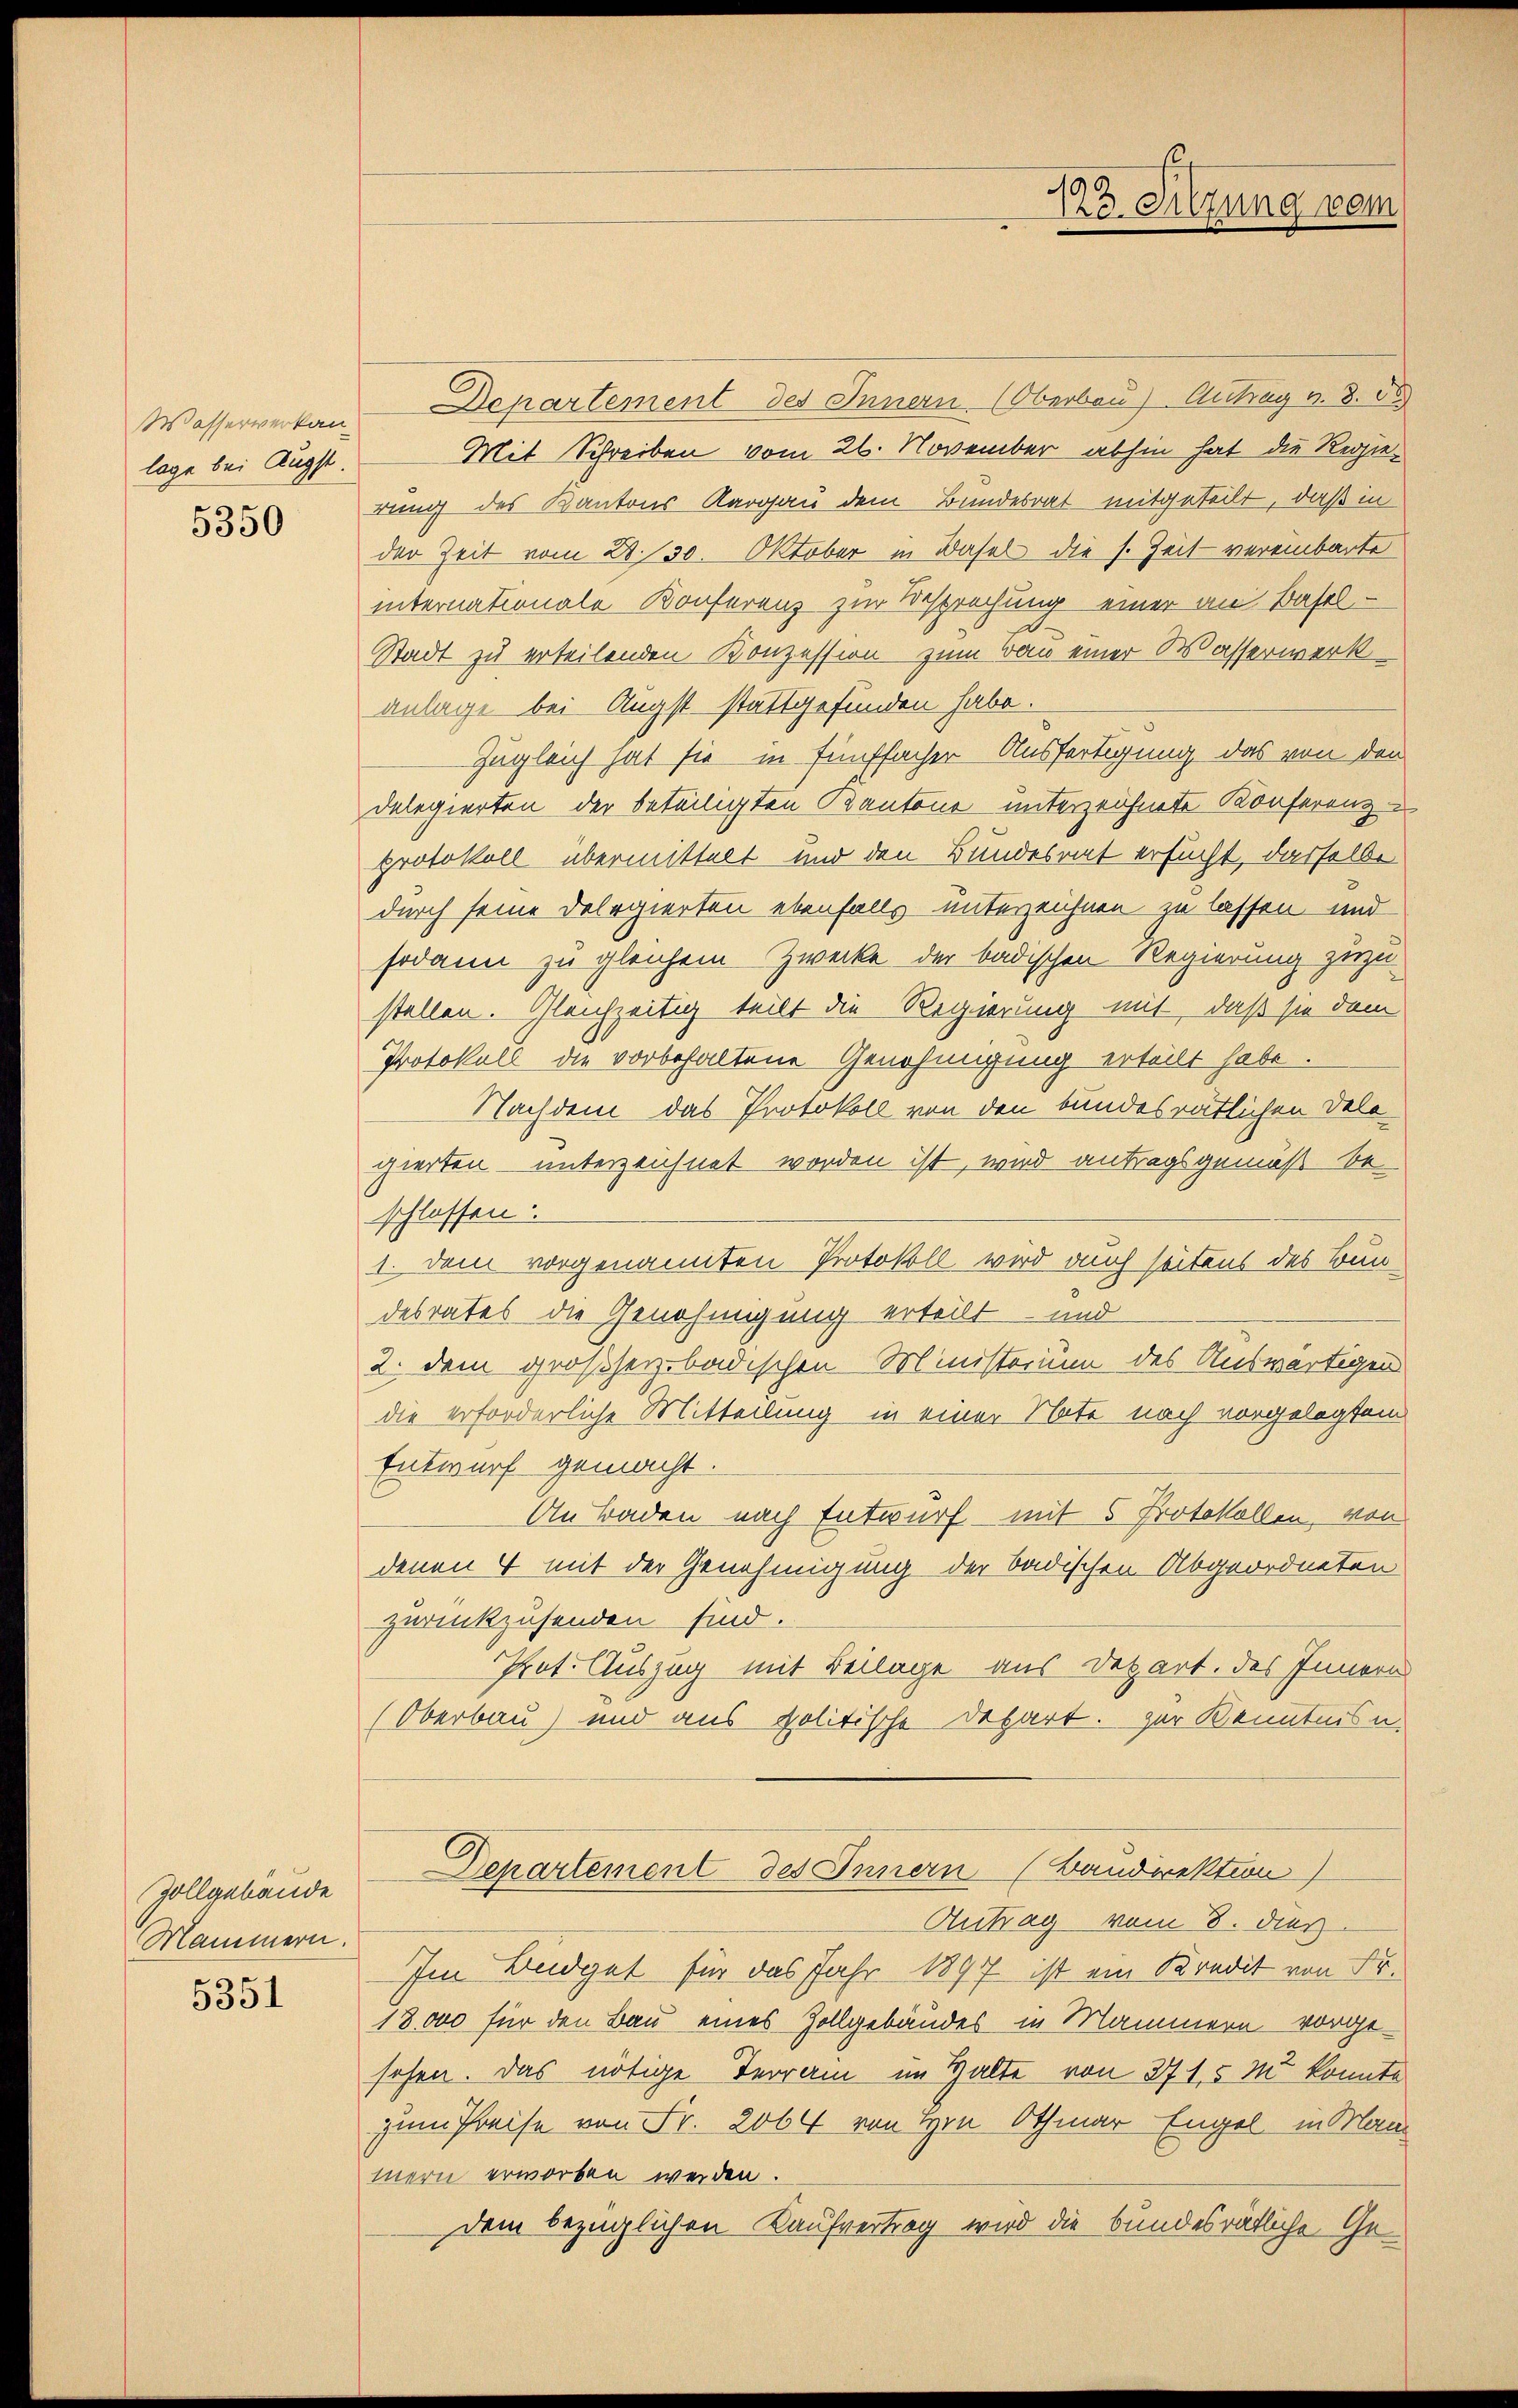
Wasserverkanlage bei Äugst.
5350

Zollgebäude
Mammern.
5351

Departement des Innern (Oberbau) Antrag v. 3. d
Mit Schreiben vom 26. November abhin hat die Regierung des Kantons Aargau dem Bundesrat mitgeteilt, daß in
der Zeit vom 28. 30. Oktober in Basel die s. Zeit vereinbarte
internationale Konferenz zur Besprechung einer an Basel-
Stadt zu erteilenden Konzession zum wan einer Wasserwerk
anlage bei Augst-stattgefunden habe.
Zugleich hat sie in fünffacher Ausfertigung, das von den
delegierten der beteiligten Kantone unterzeichnete Konferenz-
protokoll übermittelt und den Bundesrat ersucht, dasselbe
durch seine Delegierten ebenfalls unterzeichnen zu lassen und
sodann zu gleichem Zwecke der badischen Regierung zuzu
stellen. Gleichzeitig teilt die Regierung mit, daß sie dem
Protokoll die vorbehaltene Genehmigung erteilt habe.
Nachdem das Protokoll von den bundesrätlichen Dele
gierten unterzeichnet worden ist, wird antragsgemäß be
schlossen:
1. Dem vorgenannten Protokoll wird auch seitens des Bundesrates die Genehmigung erteilt und
2. dem großherz badischen Ministorium des Auswärtigen
die erforderliche Mitteilung in einer Note nach vorgelegtem
Entwurf gemacht.
An Baden nach Entwurf mit 5 Protokollen, von
denen 4 mit der Genehmigung der badischen Abgeordneten
zurückzusenden sind.
Pot. Auszug mit Beilage aus Depart. des Innern
Oberbau) und aus politische Depart. zur Kenntnis u.
Departement des Innern (Baudirektion)
Antrag vom 8. dies
Im Budget für das Jahr 1897 ist ein Kredit von Fr.
18,000 für den Bau eines Zollgebäudes in Mammern vorge-
sehen. Das nötige Terrain im Halte von 371,5 m konnte
zum Preise von Fr. 2064 von Hrn Othmar Engel in Mann
mern erworben werden.
dem bezüglichen Kaufvertrag wird die bundesrätliche Ge¬

.
9
Ire erfung vom